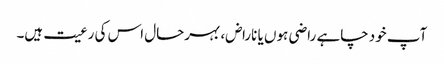
آپ خود چاہے راضی ہوں یا ناراض، بہرحال اس کی رعیت ہیں۔